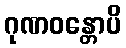
ဂုဏဝန္တောပိ